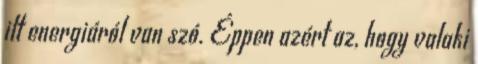
itt energiáról van szó. Éppen azért az, hogy valaki